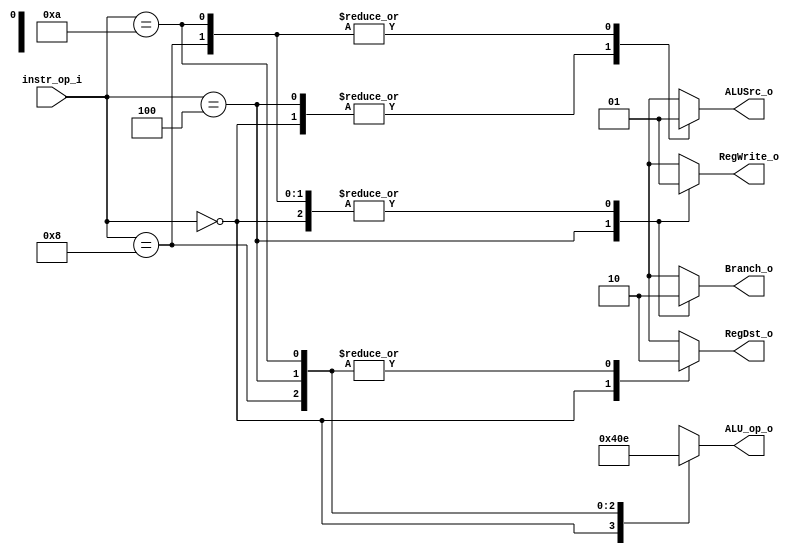
// Decoder
// 0616086
//--------------------------------------------------------------------------------

module Decoder(
    instr_op_i,
	RegWrite_o,
	ALU_op_o,
	ALUSrc_o,
	RegDst_o,
	Branch_o
	);
     
//I/O ports
input  [6-1:0] instr_op_i;

output         RegWrite_o;
output [3-1:0] ALU_op_o;
output         ALUSrc_o;
output         RegDst_o;
output         Branch_o;
 
//Internal Signals
reg    [3-1:0] ALU_op_o;
reg            ALUSrc_o;
reg            RegWrite_o;
reg            RegDst_o;
reg            Branch_o;

//Parameter


//Main function
always@(*) begin
    case (instr_op_i)
	    // R-Type: add, sub, and, or, slt
		6'b000000:begin
          ALU_op_o <= 3'b010;
		  ALUSrc_o <= 1'b0;
		  RegWrite_o <= 1'b1;
		  RegDst_o <= 1'b1;
		  Branch_o <= 1'b0;
       end
        // addi(8)
        6'b001000:begin
		  ALU_op_o <= 3'b000;
		  ALUSrc_o <= 1'b1;
		  RegWrite_o <= 1'b1;
		  RegDst_o <= 1'b0;
		  Branch_o <= 1'b0;
         end
        // beq(4)
        6'b000100:begin
		  ALU_op_o <= 3'b001;
		  ALUSrc_o <= 1'b0;
		  RegWrite_o <= 1'b0;
		  RegDst_o <= 1'b0;
		  Branch_o <= 1'b1;
        end
        // slti(10)
        6'b001010:begin
          ALU_op_o <= 3'b110;
		  ALUSrc_o <= 1'b1;
		  RegWrite_o <= 1'b1;
		  RegDst_o <= 1'b0;
		  Branch_o <= 1'b0;
        end 
        default:
          {RegWrite_o, ALU_op_o, ALUSrc_o, RegDst_o, Branch_o} <= 8'bx_xxx_xxx;
    endcase
end

endmodule